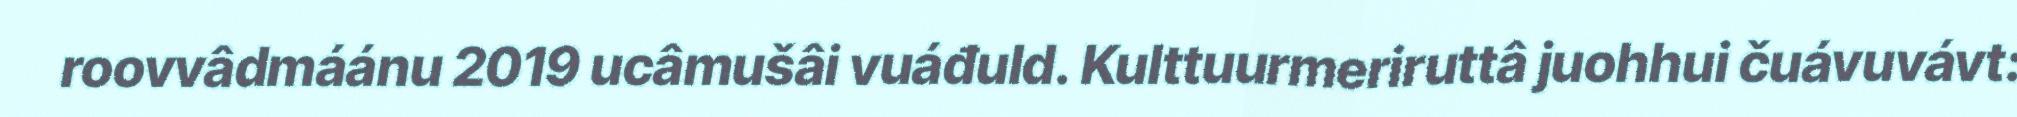
roovvâdmáánu 2019 ucâmušâi vuáđuld. Kulttuurmeriruttâ juohhui čuávuvávt: